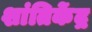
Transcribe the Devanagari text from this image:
शांतिकेंद्र